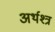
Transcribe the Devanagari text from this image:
अर्थश्त्र